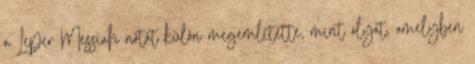
a Leper Messiah nótát külön megemlítette, mint olyat, amelyben